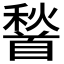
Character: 𮩦